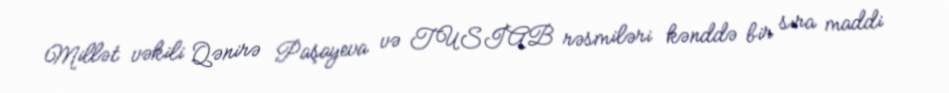
Millət vəkili Qənirə Paşayeva və TUSİAB rəsmiləri kənddə bir sıra maddi